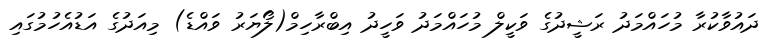
ދައުވާކުރާ މުހައްމަދު ރަޝީދުގެ ވަކީލް މުހައްމަދު ވަހީދު އިބްރާހިމް(ލޯޔަރު ވައްޑެ) މިއަދުގެ އަޑުއެހުމުގައި